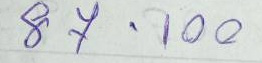
87 - 100